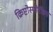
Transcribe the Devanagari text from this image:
क्रिप्टोस्पोरीडम